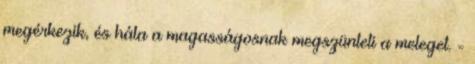
megérkezik, és hála a magasságosnak megszünteti a meleget. -